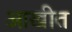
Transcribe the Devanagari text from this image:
आखीत